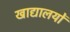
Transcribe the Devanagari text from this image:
खाद्यालयों